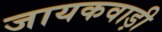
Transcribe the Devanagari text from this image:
जायकवाड़ी